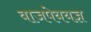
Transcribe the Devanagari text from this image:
वाजपेययज्ञ